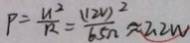
P = \frac { u ^ { 2 } } { R } = \frac { ( 1 2 V ) ^ { 2 } } { 6 5 \Omega } \approx 2 . 2 W